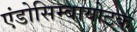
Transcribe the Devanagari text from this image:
एंडोसिम्बायोटक